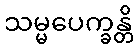
သမ္မပေက္ခန္တိ